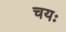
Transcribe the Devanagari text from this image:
चयः